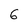
Character: 6